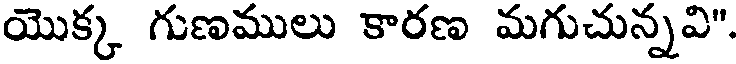
యొక్క గుణములు కారణ మగుచున్నవి".